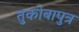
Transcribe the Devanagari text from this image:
तुकोबापुत्र